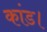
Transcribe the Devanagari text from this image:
कांड।